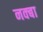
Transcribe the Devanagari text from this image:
नक्बा